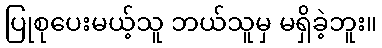
ပြုစုပေးမယ့်သူ ဘယ်သူမှ မရှိခဲ့ဘူး။